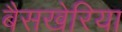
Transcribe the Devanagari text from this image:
बैसखेरिया